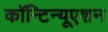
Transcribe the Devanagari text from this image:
कॉन्‍टिन्‍यूएशन